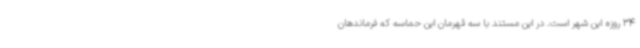
34 روزه این شهر است. در این مستند با سه قهرمان این حماسه که فرماندهان